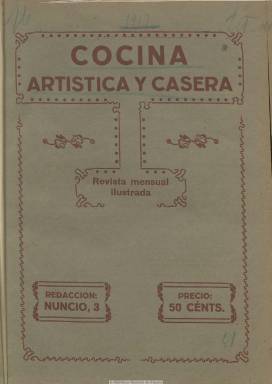
Título: Cocina artística y casera
Colección: Cocina
Ámbito geográfico: Madrid
Lugar de publicación: Madrid
Fechas: 20/03/1917-20/01/1918

Revista mensual ilustrada con la que su director, Pascual La Rosa Angelina, quiere defender y dignificar a los profesionales de la cocina española. Aparece el 20 de marzo de 1917, en cuadernillos de 16 páginas. Contiene una sección bajo el epígrafe Nutrición, cocina y arte, con recetas de cocina, repostería, pastelería y heladería, que viene a ser un manual de interés tanto para la aristocracia y las clases medias y hasta por las más modestas, especie de tratado que refleja el talento de la cocina española. También publica menús servidos en almuerzos, fiestas, comidas o banquetes, celebrados en casas de la nobleza madrileña y en hoteles y restaurantes, con el nombre de los cocineros que los preparan. Contiene dibujos, láminas coloreadas y fotograbados de destacados restauradores, como Máximo Bourdette y Félix Ibarguren, decano éste de los cocineros donostiarras. Como escritor culinario, La Rosa ofrece también unos cuentos de cocina y notas sobre la Unión de Arte Culinario de Madrid, presidido por Antonio Ruiz, en donde se asociaban los profesionales y obreros de este oficio. La revista también inserta anuncios comerciales de establecimientos de comestibles. El último número de la colección se publica el 20 de enero de 1918.